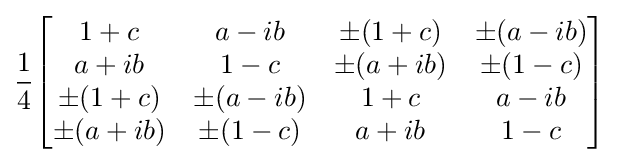
{\frac {1}{4}}{\begin{bmatrix}1+c&a-ib&\pm (1+c)&\pm (a-ib)\\a+ib&1-c&\pm (a+ib)&\pm (1-c)\\\pm (1+c)&\pm (a-ib)&1+c&a-ib\\\pm (a+ib)&\pm (1-c)&a+ib&1-c\end{bmatrix}}